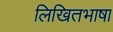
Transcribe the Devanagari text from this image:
लिखितभाषा